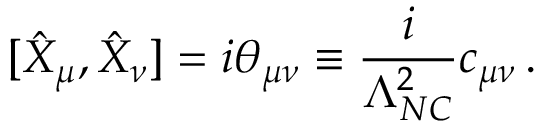
[ \hat { X } _ { \mu } , \hat { X } _ { \nu } ] = i \theta _ { \mu \nu } \equiv { \frac { i } { \Lambda _ { N C } ^ { 2 } } } c _ { \mu \nu } \, .